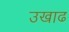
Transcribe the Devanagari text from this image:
उखाढ